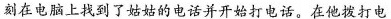
刻在电脑上找到了姑姑的电话并开始打电话。在他拨打电